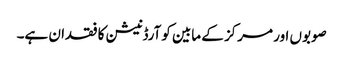
صوبوں اور مرکز کے مابین کوآرڈنیشن کا فقدان ہے۔